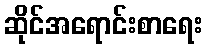
ဆိုင်အရောင်းစာရေး